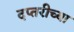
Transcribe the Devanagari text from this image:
दप्तरीच्या